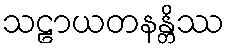
သဠာယတနန္တိဿ